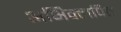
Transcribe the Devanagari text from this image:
अभिक्लपित